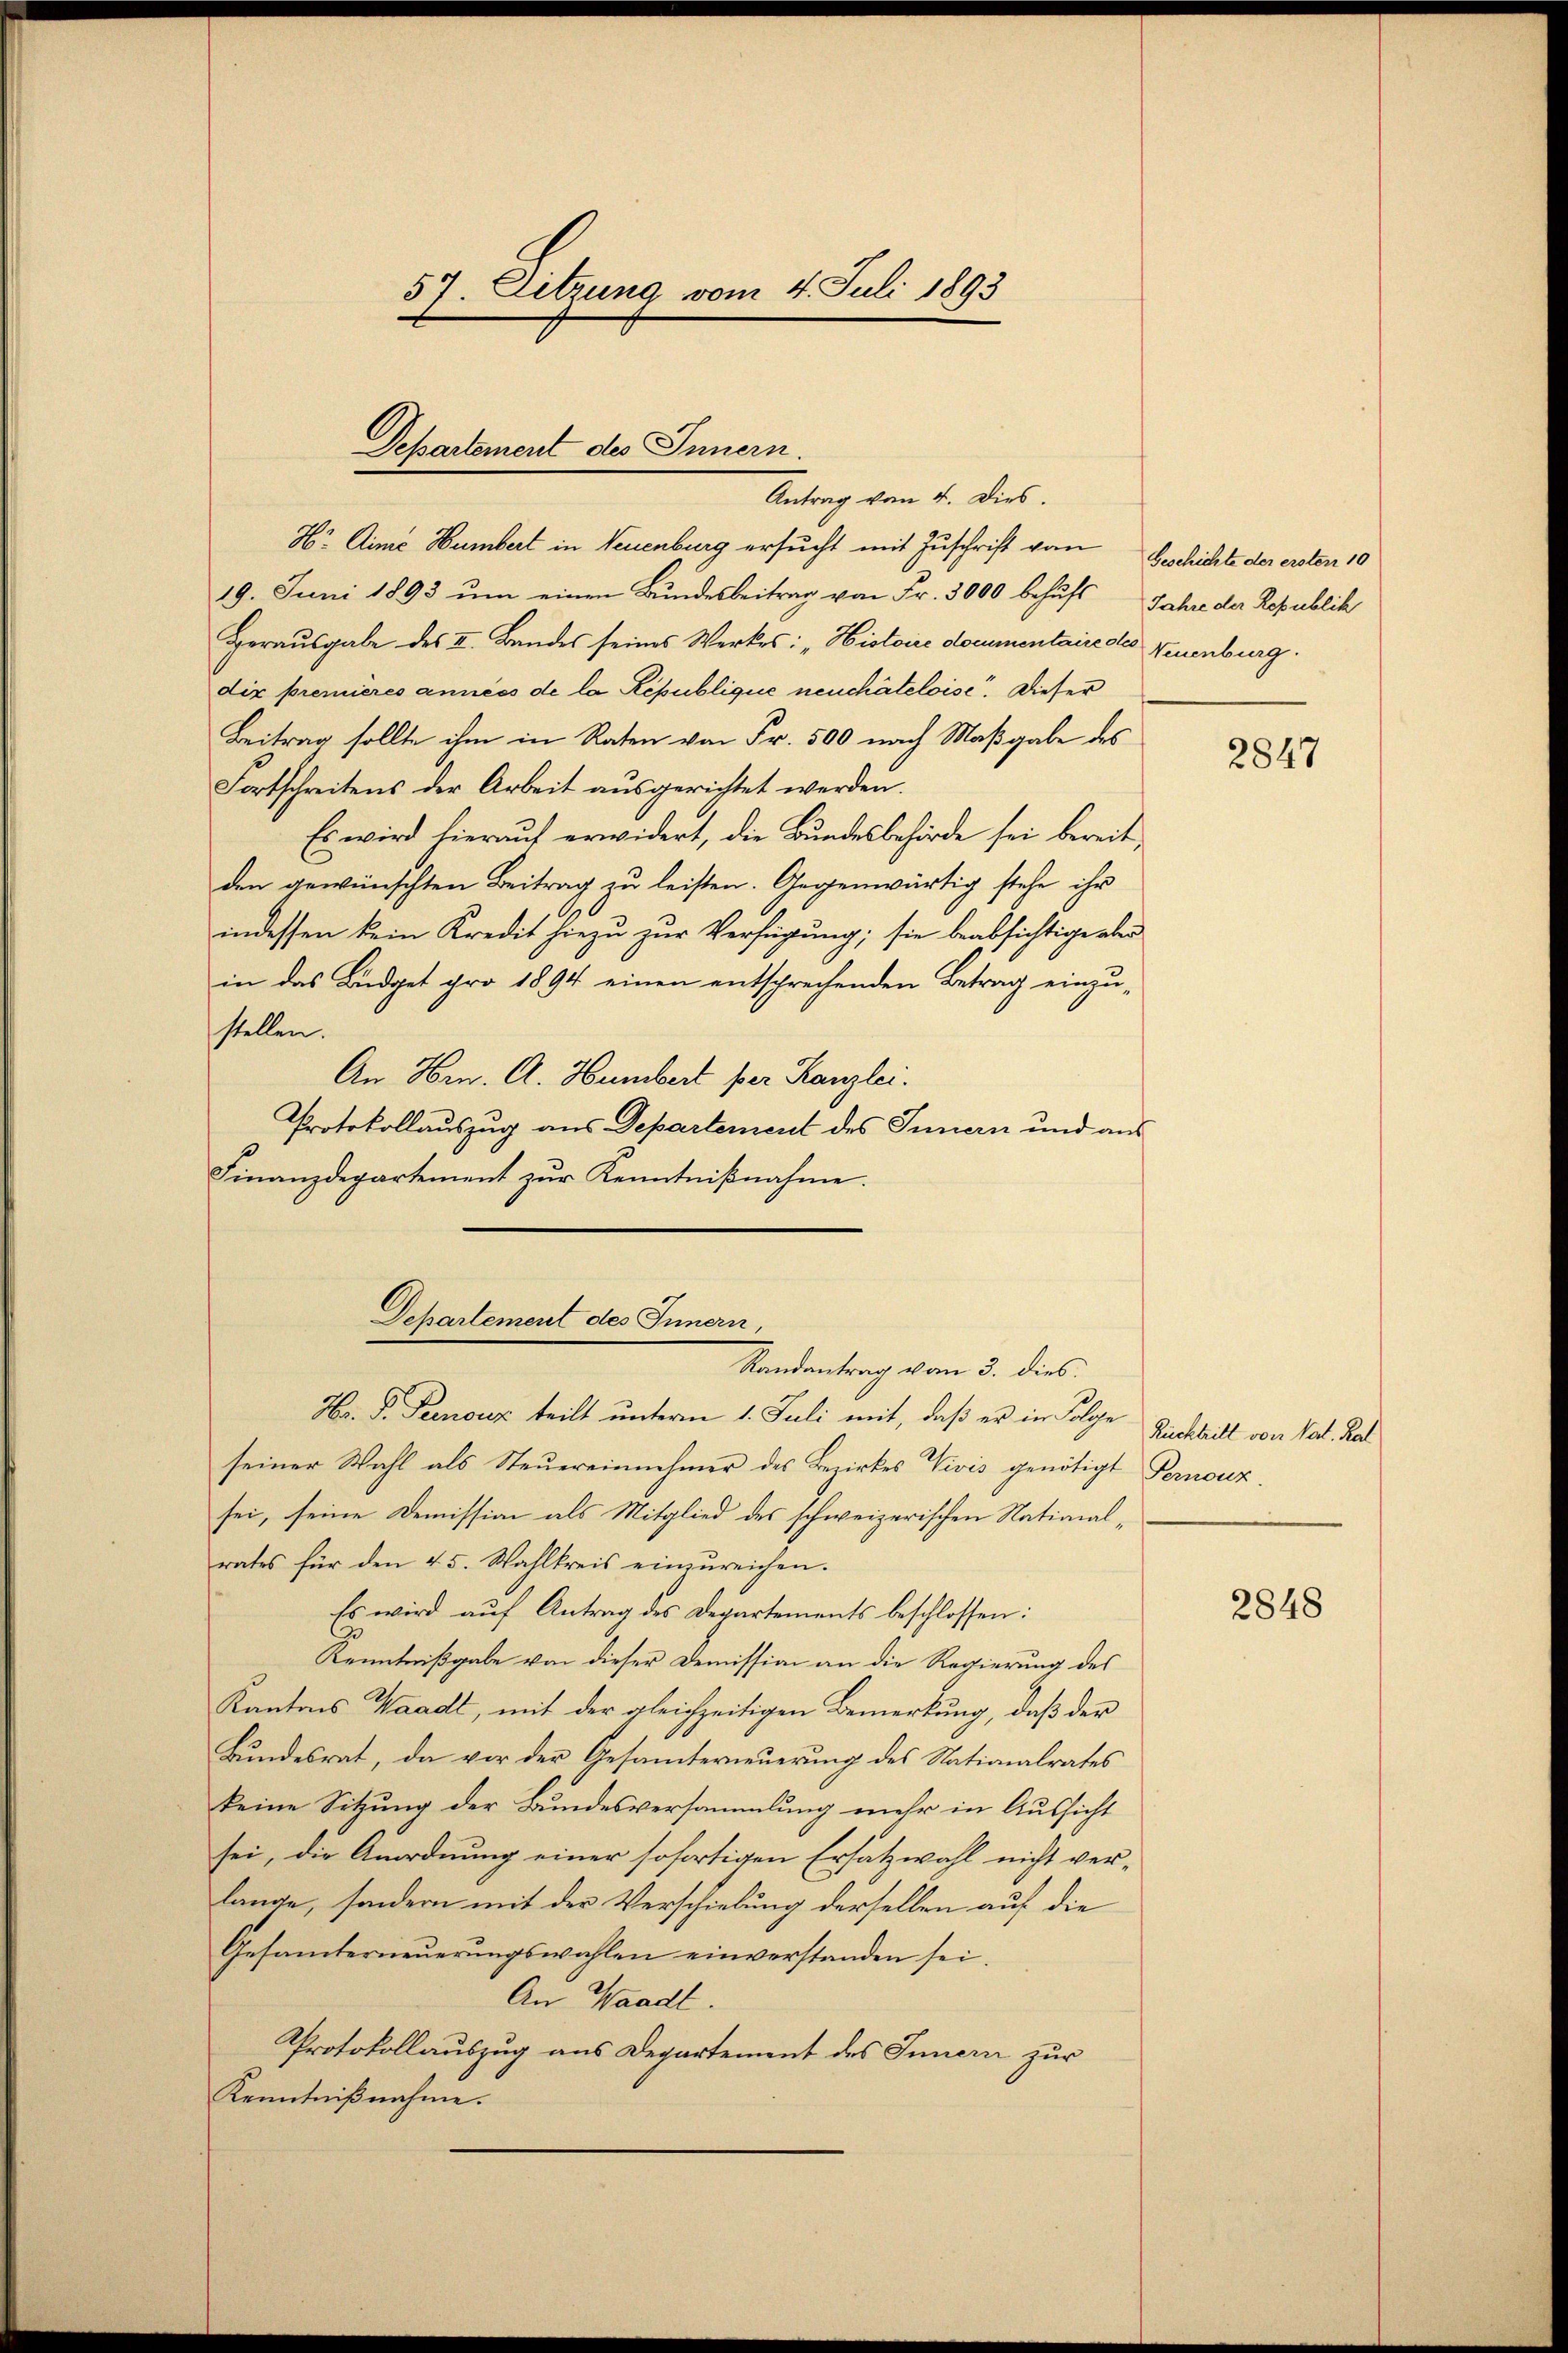
57. Sitzung vom 4. Juli 1893

Departement des Innern.
Antrag von 4. Dies.

Hr. Aime Humbert in Neuenburg ersucht mit Zuschrift von Geschichte der ersten 10
19. Juni 1893 um einen Bundesbeitrag von Fr. 3000 behufs Jahre der Republik
Herausgabe des II. Bandes seines Werkes: „Histoire documentaire des Neuenburg.
dir premieres années de la République neuchâteloise. Dieser
Beitrag sollte ihm in Raten von Fr. 500 nach Maßgabe des
Fortschreitens der Arbeit ausgerichtet werden.
Es wird hierauf erwidert, die Bundesbehörde sei bereit,
den gewünschten Beitrag zu leisten. Gegenwärtig stehe ihr
indessen kein Kredit hiezu zur Verfügung; sie beabsichtige aber
in das Büdget pro 1894 einen entsprechenden Betrag einzustellen.
An Hrn. A. Humbert per Kanzlei.
Protokollauszug aus Departement des Innern und aus
Finanzdepartement zŭr Kenntniβnahme.
Hr. P. Prenouz teilt unterm 1. Juli mit, daß er in Folge Buchbill von Val. Kal
seiner Wahl als Steuereinnehmer des Bezirkes Vivis genötigt Pernouz.
sei, seine Demission als Mitglied des schweizerischen National-
rates für den 45. Wahlkreis einzureichen.
Es wird aŭf Antrag des Departements beschlossen:
Kenntnißgabe von dieser Demission an die Regierung des
Kantons Waadt, mit der gleichzeitigen Bemerkung, daß der
Bundesrat, da vor der Gesämterneuerung des Nationalrates
keine Sitzung der Bundesversammlung mehr in Aussicht
sei, die Anordnung einer sofortigen Ersatzwahl nicht verlange, sondern mit der Verschiebung derselben auf die
Gesamterneŭerŭngswahlen einverstanden sei.
An Waadt.
Protokollauszug aus Departement des Innern zur
Kenntnißnahme.

Departement des Innern,
Randantrag vom 3. dies

2847

2848